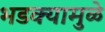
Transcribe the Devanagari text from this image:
भडक्यामुळे